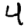
Digit: 4